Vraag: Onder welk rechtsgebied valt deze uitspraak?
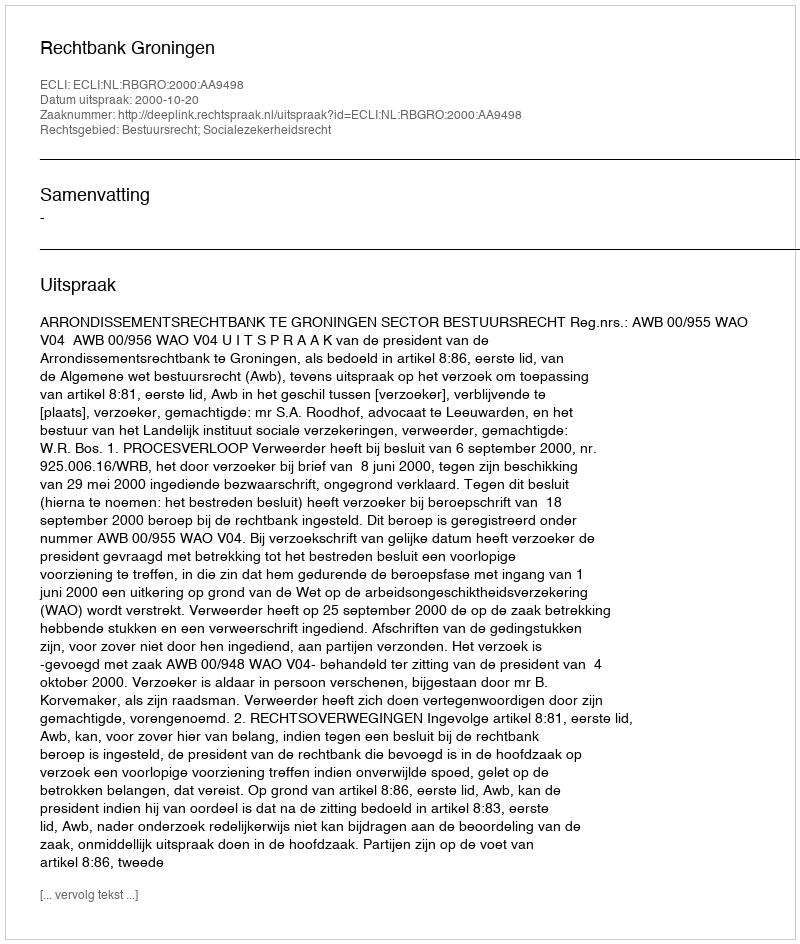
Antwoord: Bestuursrecht; Socialezekerheidsrecht